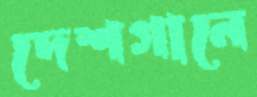
দেশগানে